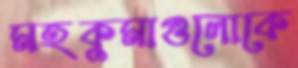
মহকুমাগুলোকে